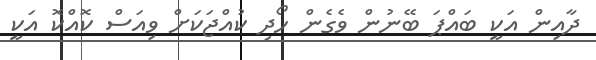
ދާއިން އަކީ ބައްޕަ ބޭނުން ވެގެން ހޯދި ކުއްޖަކަށް ވިއަސް ކޮއްކޮ އަކީ